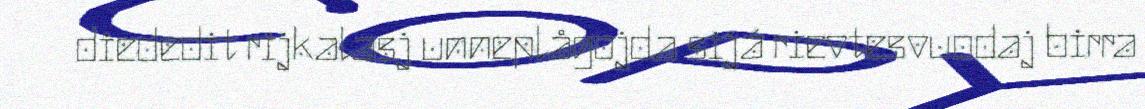
diededit rijkalasj unneplågojda sijá rievtesvuodaj birra